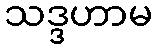
သဒ္ဒဟာမ